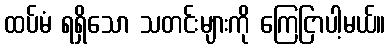
ထပ်မံ ရရှိသော သတင်းများကို ကြေငြာပါ့မယ်။